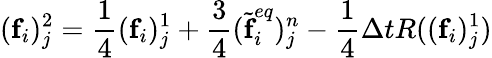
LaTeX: (\textbf{f}_{i})_{j}^{2}=\frac{1}{4}(\textbf{f}_{i})_{j}^{1}+\frac{3}{4}(\widetilde{\textbf{f}}_{i}^{eq})_{j}^{n}-\frac{1}{4}\Delta tR((\textbf{f}_{i})_{j}^{1})